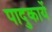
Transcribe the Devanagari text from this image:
पादुकायें